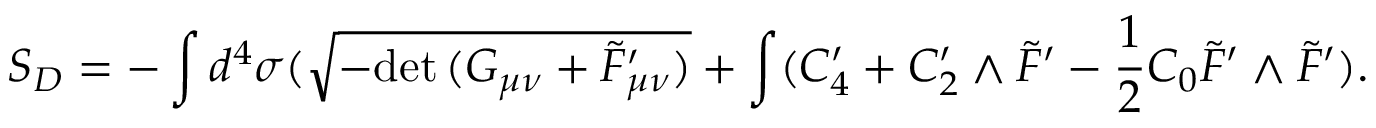
S _ { D } = - \int d ^ { 4 } \sigma ( \sqrt { - \mathrm { d e t } \, ( G _ { \mu \nu } + \tilde { \cal F } _ { \mu \nu } ^ { \prime } ) } + \int ( C _ { 4 } ^ { \prime } + C _ { 2 } ^ { \prime } \wedge \tilde { \cal F } ^ { \prime } - \frac { 1 } { 2 } C _ { 0 } \tilde { F } ^ { \prime } \wedge \tilde { F } ^ { \prime } ) .